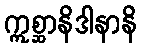
ဣစ္ဆာနိဒါနာနိ